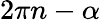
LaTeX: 2\pi n-\alpha